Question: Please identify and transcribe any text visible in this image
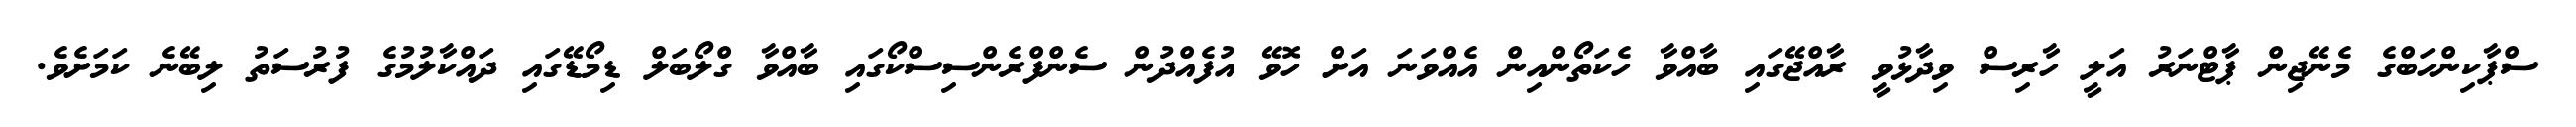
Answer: ސްޕާކިންހަބްގެ މެނޭޖިން ޕާޓްނަރު އަލީ ހާރިސް ވިދާޅުވީ ރާއްޖޭގައި ބާއްވާ ހެކަތޯންއިން އެއްވަނަ އަށް ހޮވޭ އުފެއްދުން ސެންފްރެންސިސްކޯގައި ބާއްވާ ގްލޯބަލް ޑިމޯޑޭގައި ދައްކާލުމުގެ ފުރުސަތު ލިބޭނެ ކަމަށެވެ.